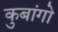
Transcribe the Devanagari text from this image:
कुबांगो